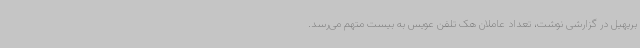
بریهیل در گزارشی نوشت، تعداد عاملان هک تلفن عویس به بیست متهم می‌رسد.